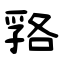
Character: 嗠